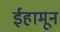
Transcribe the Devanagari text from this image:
ईहामून